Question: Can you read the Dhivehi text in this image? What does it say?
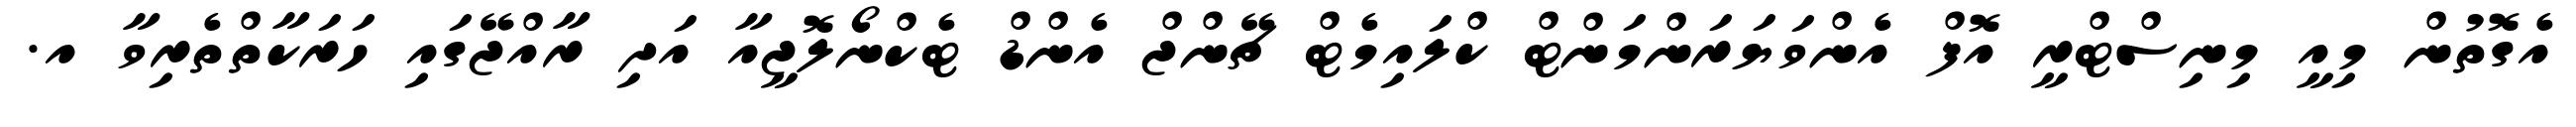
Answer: އެގޮތުން މިއީ މިނިސްޓްރީ އޮފް އެންވަޔަރަންމަންޓް ކްލައިމެޓް ޗޭންޖް އެންޑް ޓެކްނޯލޮޖީއާ އަދި ރާއްޖޭގައި ހަރަކާތްތެރިވާ އ.